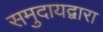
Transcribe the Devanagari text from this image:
समुदायद्वारा